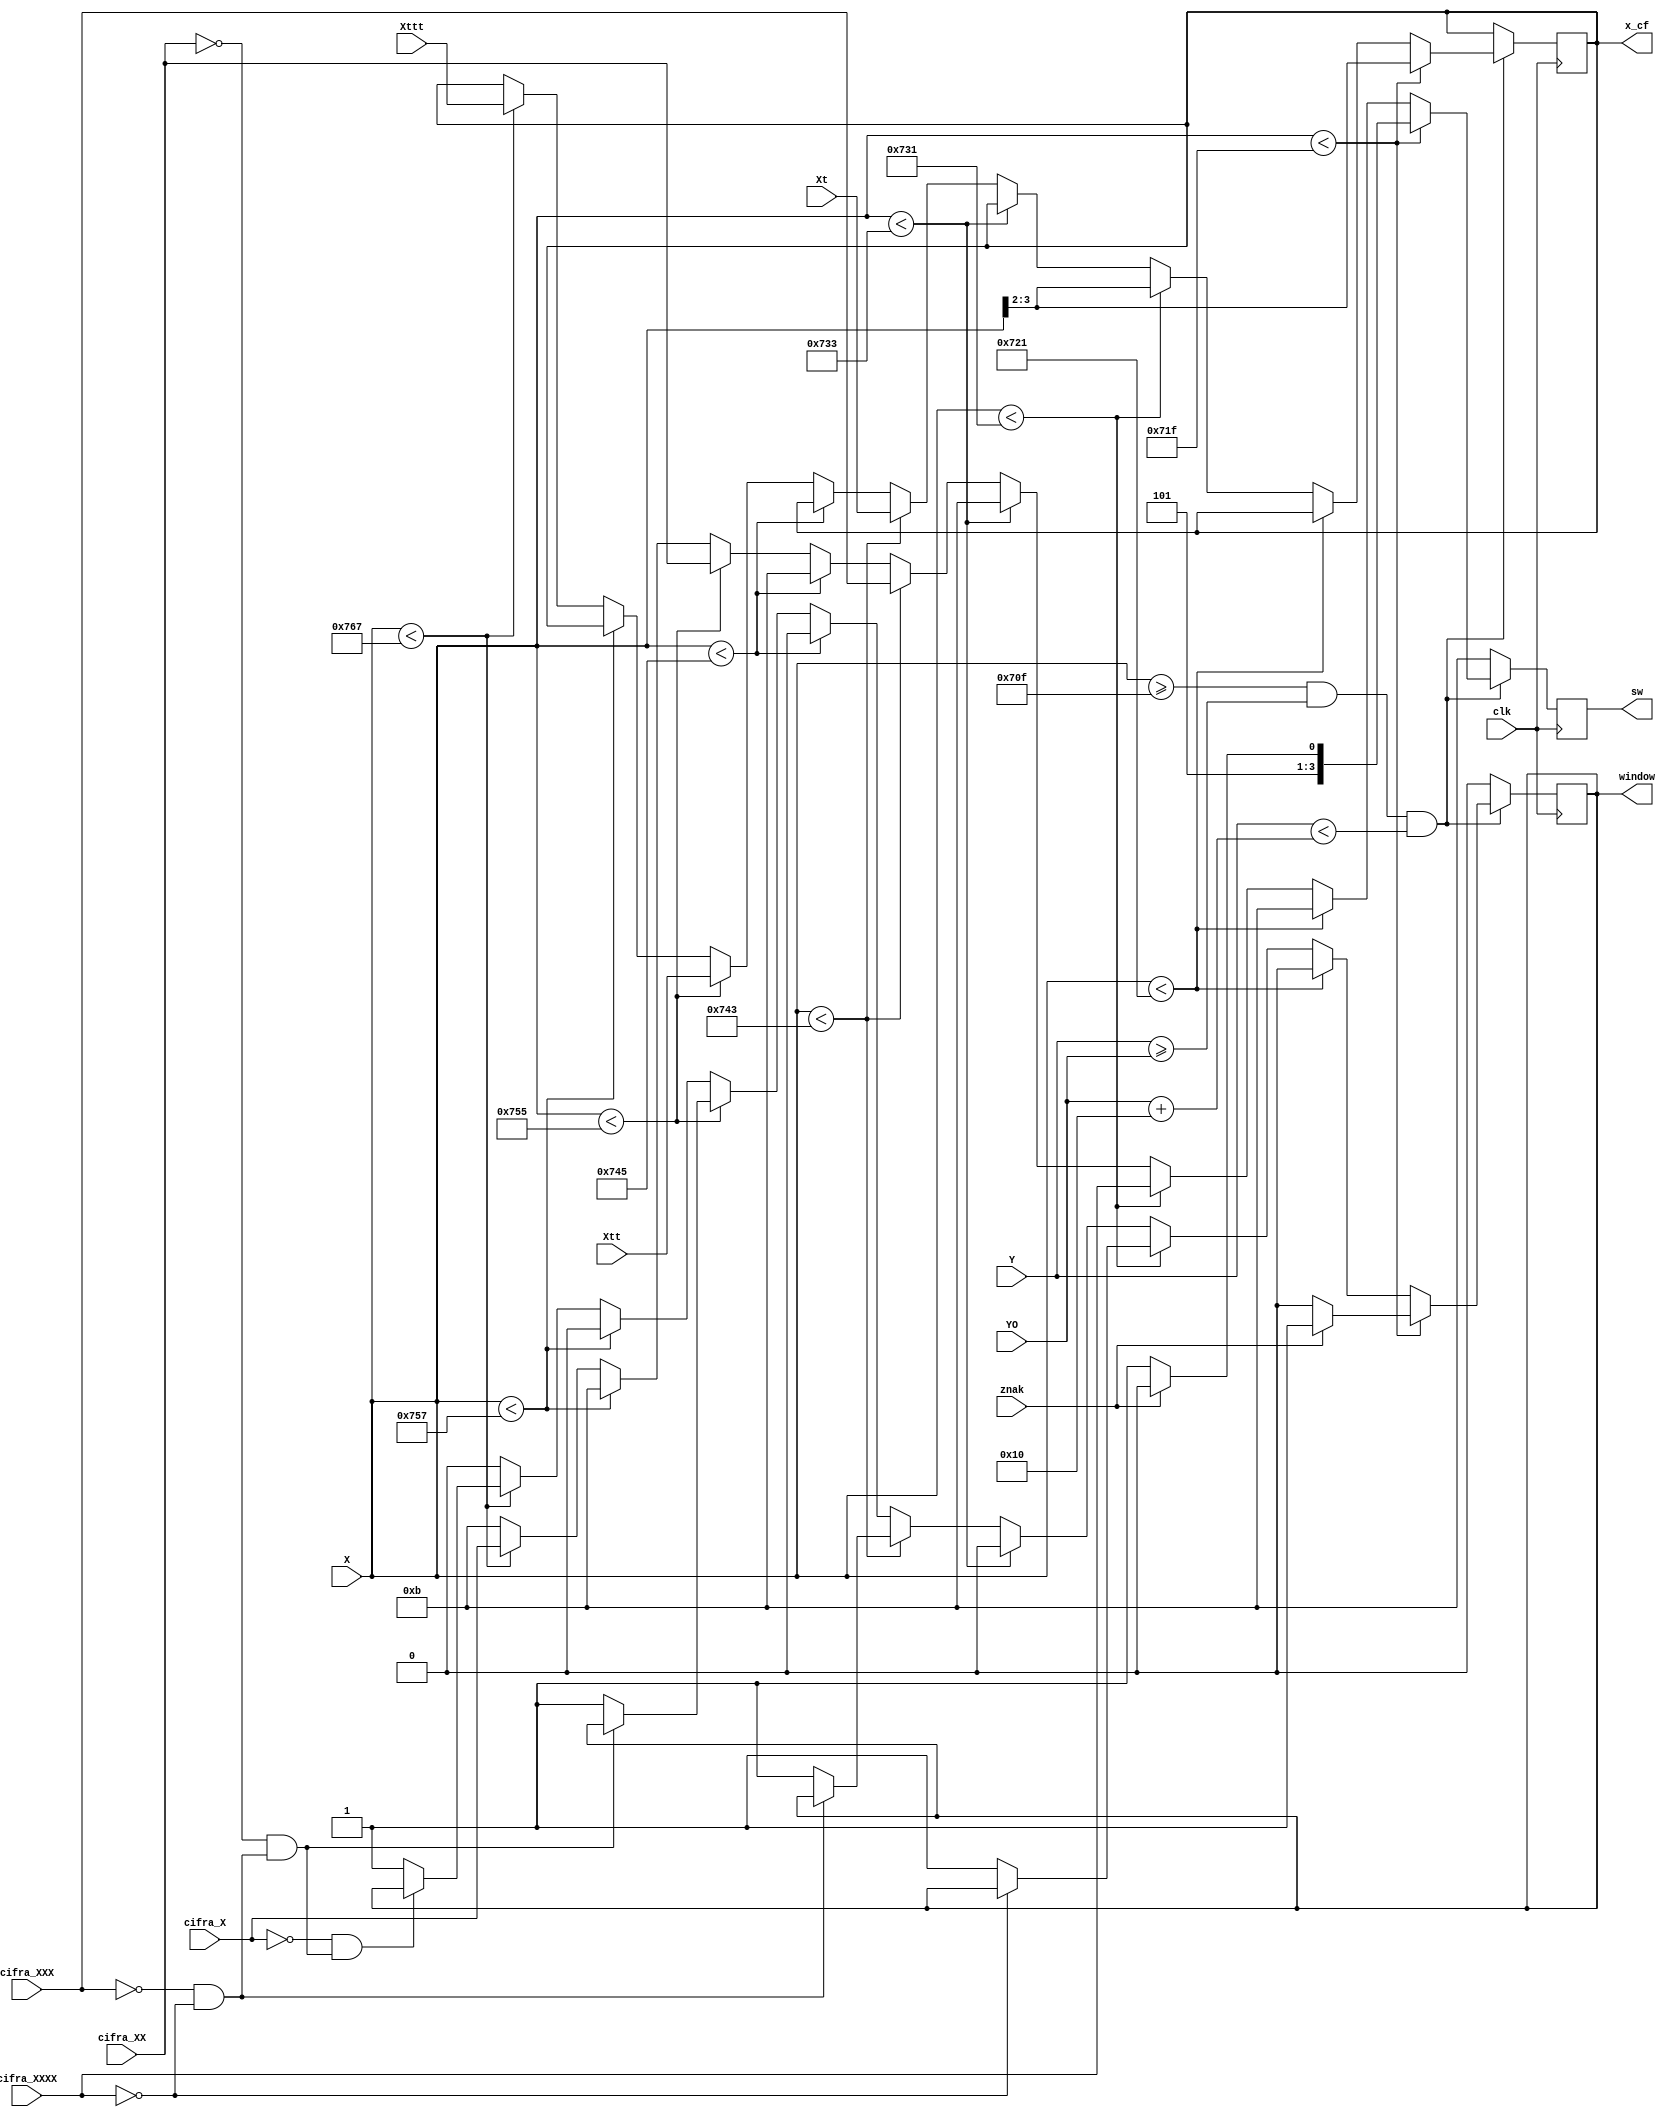
module WINDOW_cifra(
	input wire clk,
	input wire [10:0] X,
	input wire [1:0] Xt,
	input wire [1:0] Xtt,
	input wire [1:0] Xttt,
	input wire [10:0] Y,
	input wire [10:0] YO,
	input wire znak,
	input wire [3:0] cifra_XXXX,
	input wire [3:0] cifra_XXX,
	input wire [3:0] cifra_XX,
	input wire [3:0] cifra_X,
	output reg window,
	output reg [3:0] sw,
	output reg [1:0] x_cf
	);
	
parameter [10:0] XO = 1807;
reg [10:0] YN;
reg four;
reg three;
reg two;
reg one;

always @ (posedge clk)	begin
	four = (cifra_XXXX == 0);
	three = (cifra_XXX == 0) && four;
	two = (cifra_XX == 0) && three;
	one = (cifra_X == 0) && two;
	YN = YO+16;
	if ((X >= XO)&&(Y >= YO)&&(Y < YN)) begin
		if (X < 1823) begin
			x_cf <= X[3:2];
			if (znak == 1) begin
				sw <= 10;
				window <= 1;
			end
			else begin
				sw <= 11;
				window <= 0;
			end
		end
		else if (X<1825) begin
			window <= 0;
			sw <= 11;
		end
		else if (X < 1841) begin
			x_cf <= X[3:2];
			if (four==0)
				window <= 1;
			sw <= cifra_XXXX;
		end
		else if (X<1843) begin
			window <= 0;
			sw <= 11;
		end
		else if (X < 1859) begin
			x_cf <= Xt[1:0];
			if (three==0)			
				window <= 1;
			sw <= cifra_XXX;
		end	
		else if (X<1861) begin
			window <= 0;
			sw <= 11;
		end
		else if (X < 1877) begin
			x_cf <= Xtt[1:0];
			if (two == 0)
				window <= 1;
			sw <= cifra_XX;
		end
		else if (X<1879) begin
			window <= 0;
			sw <= 11;
		end
		else if (X < 1895) begin
			x_cf <= Xttt[1:0];
			if (one==0)
				window <= 1;
			sw <= cifra_X;
		end
		else begin
			window <= 0;
			sw <= 11;
		end
	end
	else begin
		window <=0;
		sw <= 11;
	end
end

endmodule